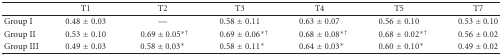
<table><thead><tr><td></td><td><b>T1</b></td><td><b>T2</b></td><td><b>T3</b></td><td><b>T4</b></td><td><b>T5</b></td><td><b>T7</b></td></tr></thead><tbody><tr><td>Group I</td><td>0.48 ± 0.03</td><td>—</td><td>0.58 ± 0.11</td><td>0.63 ± 0.07</td><td>0.56 ± 0.10</td><td>0.53 ± 0.10</td></tr><tr><td>Group II</td><td>0.53 ± 0.10</td><td>0.69 ± 0.05<sup>∗†</sup></td><td>0.69 ± 0.06<sup>∗†</sup></td><td>0.68 ± 0.08<sup>∗†</sup></td><td>0.68 ± 0.02<sup>∗†</sup></td><td>0.56 ± 0.02</td></tr><tr><td>Group III</td><td>0.49 ± 0.03</td><td>0.58 ± 0.03*</td><td>0.58 ± 0.11*</td><td>0.64 ± 0.03*</td><td>0.60 ± 0.10*</td><td>0.49 ± 0.02</td></tr></tbody></table>